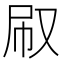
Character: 㕞